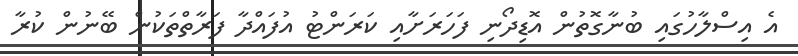
އެ އިސްލާހުގައި ބުނާގޮތުން އޮޑިދޯނި ފަހަރަށާއި ކަރަންޓު އުފައްދާ ފަރާތްތަކުން ބޭނުން ކުރާ